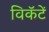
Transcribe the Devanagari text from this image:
विकॅटें